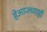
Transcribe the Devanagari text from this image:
हेआजच्याही